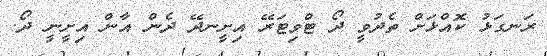
ރަނގަޅު ކޮއްޅަށް ތެދުވީ ދޯ ޓްވިޓަރޭ އިށީނދޭ ދެން އާން އިށީނީ ދޯ.